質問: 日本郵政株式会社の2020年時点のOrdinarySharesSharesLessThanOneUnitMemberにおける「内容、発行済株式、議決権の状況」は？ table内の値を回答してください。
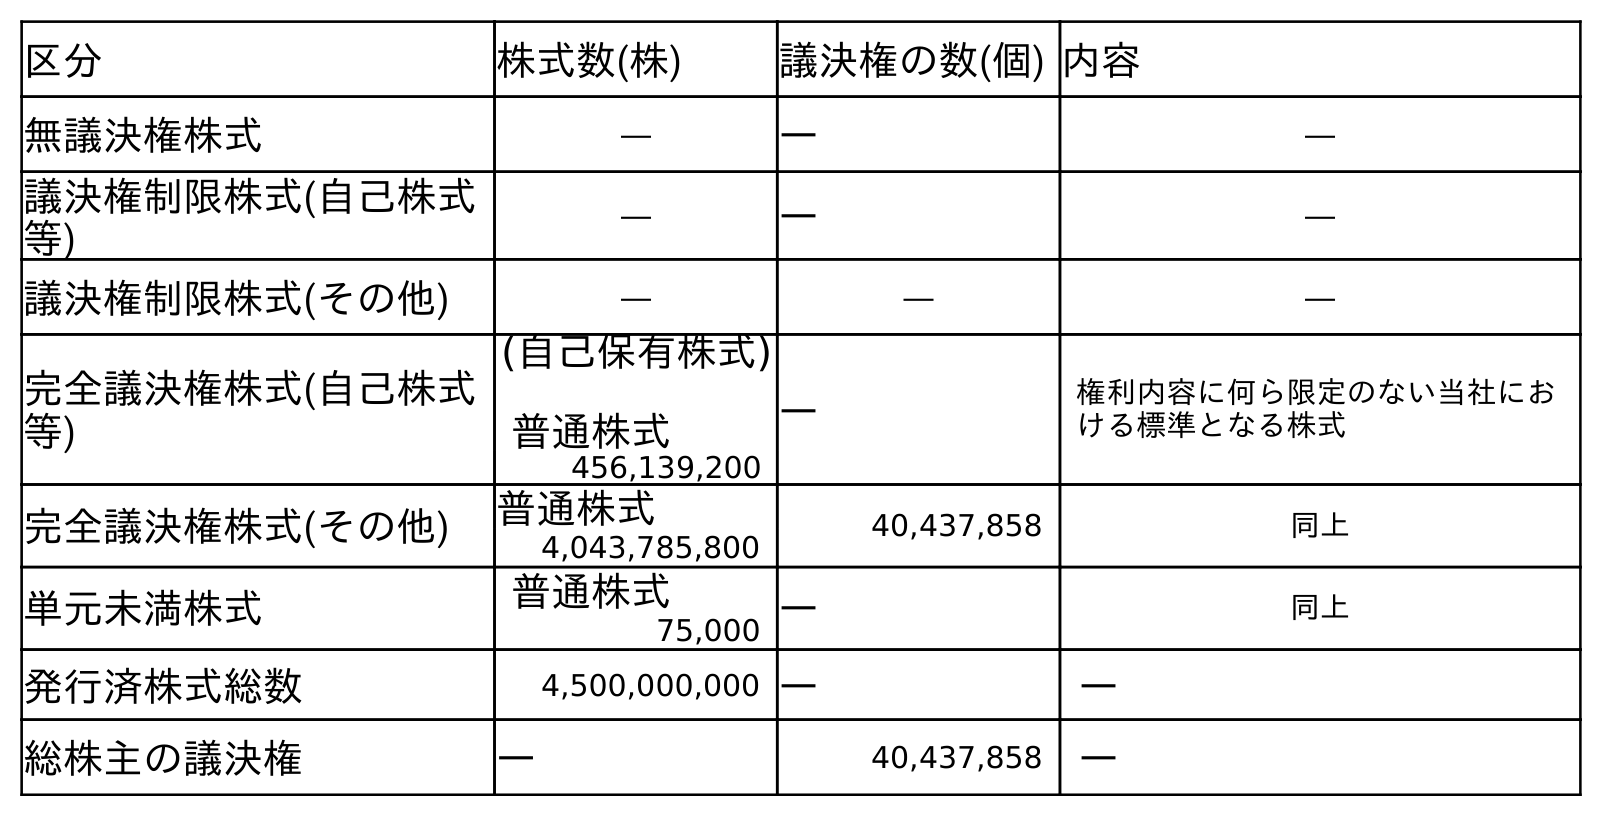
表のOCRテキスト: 区分 株式数(株) 議決権の数(個) 内容 無議決権株式 ― ― ― 議決権制限株式(自己株式 等) ― ― ― 議決権制限株式(その他) ― ― ― 完全議決権株式(自己株式 等) (自己保有株式) 普通株式 ― 権利内容に何ら限定のない当社にお ける標準となる株式 456,139,200 完全議決権株式(その他) 普通株式 40,437,858 同上 4,043,785,800 単元未満株式 普通株式 ― 同上 75,000 発行済株式総数 4,500,000,000 ― ― 総株主の議決権 ― 40,437,858 ―
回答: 同上